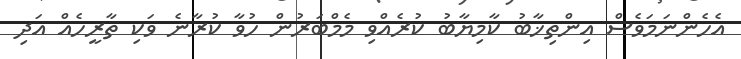
އެހެންނަމަވެސް އިންތިޚާބު ކާމިޔާބު ކުރެއްވި މެމްބަރުން ހުވާ ކުރާނެ ވަކި ތާރީހެއް އަދި